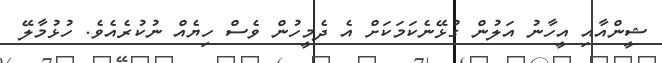
ޝީންއާއި އީހާނު އަލުން ގުޅޭނެކަމަކަށް އެ ދެމީހުން ވެސް ހިޔެއް ނުކުރެއެވެ. ހުޅުމާލޭ